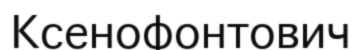
Ксенофонтович